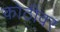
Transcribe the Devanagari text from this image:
कोठीवर